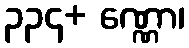
၃၃၄+ ဏ္ဏော၊